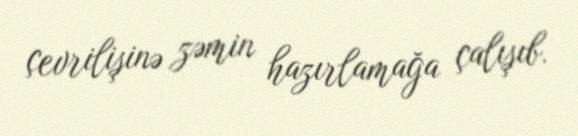
çevrilişinə zəmin hazırlamağa çalışıb.